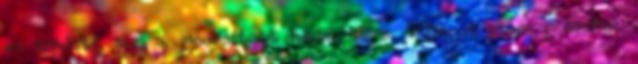
az eredeti, sem a módosított határidőre. Viszont plusz pénzeket